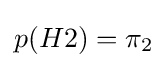
p(H2)=\pi _{2}